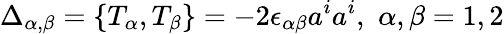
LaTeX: \Delta_{\alpha,\beta}=\{ T_{\alpha},T_{\beta}\} =-2\epsilon_{\alpha\beta}a^{i}a^{i},\, \, \alpha,\beta=1,2